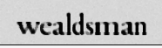
wealdsman